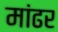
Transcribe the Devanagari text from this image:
मांढर